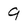
Character: 9